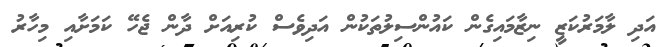
އަދި ލާމަރުކަޒީ ނިޒާމައިގެން ކައުންސިލުތަކުން އަދިވެސް ކުރިއަށް ދާން ޖެހޭ ކަމަށާއި މިހާރު